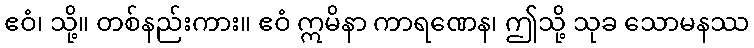
ဧဝံ၊ သို့။ တစ်နည်းကား။ ဧဝံ ဣမိနာ ကာရဏေန၊ ဤသို့ သုခ သောမနဿ